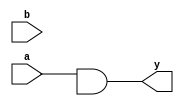
module andgate(a,b,y);
input a,b;
output y;

assign y= a&c;

endmodule